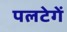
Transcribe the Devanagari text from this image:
पलटेगें